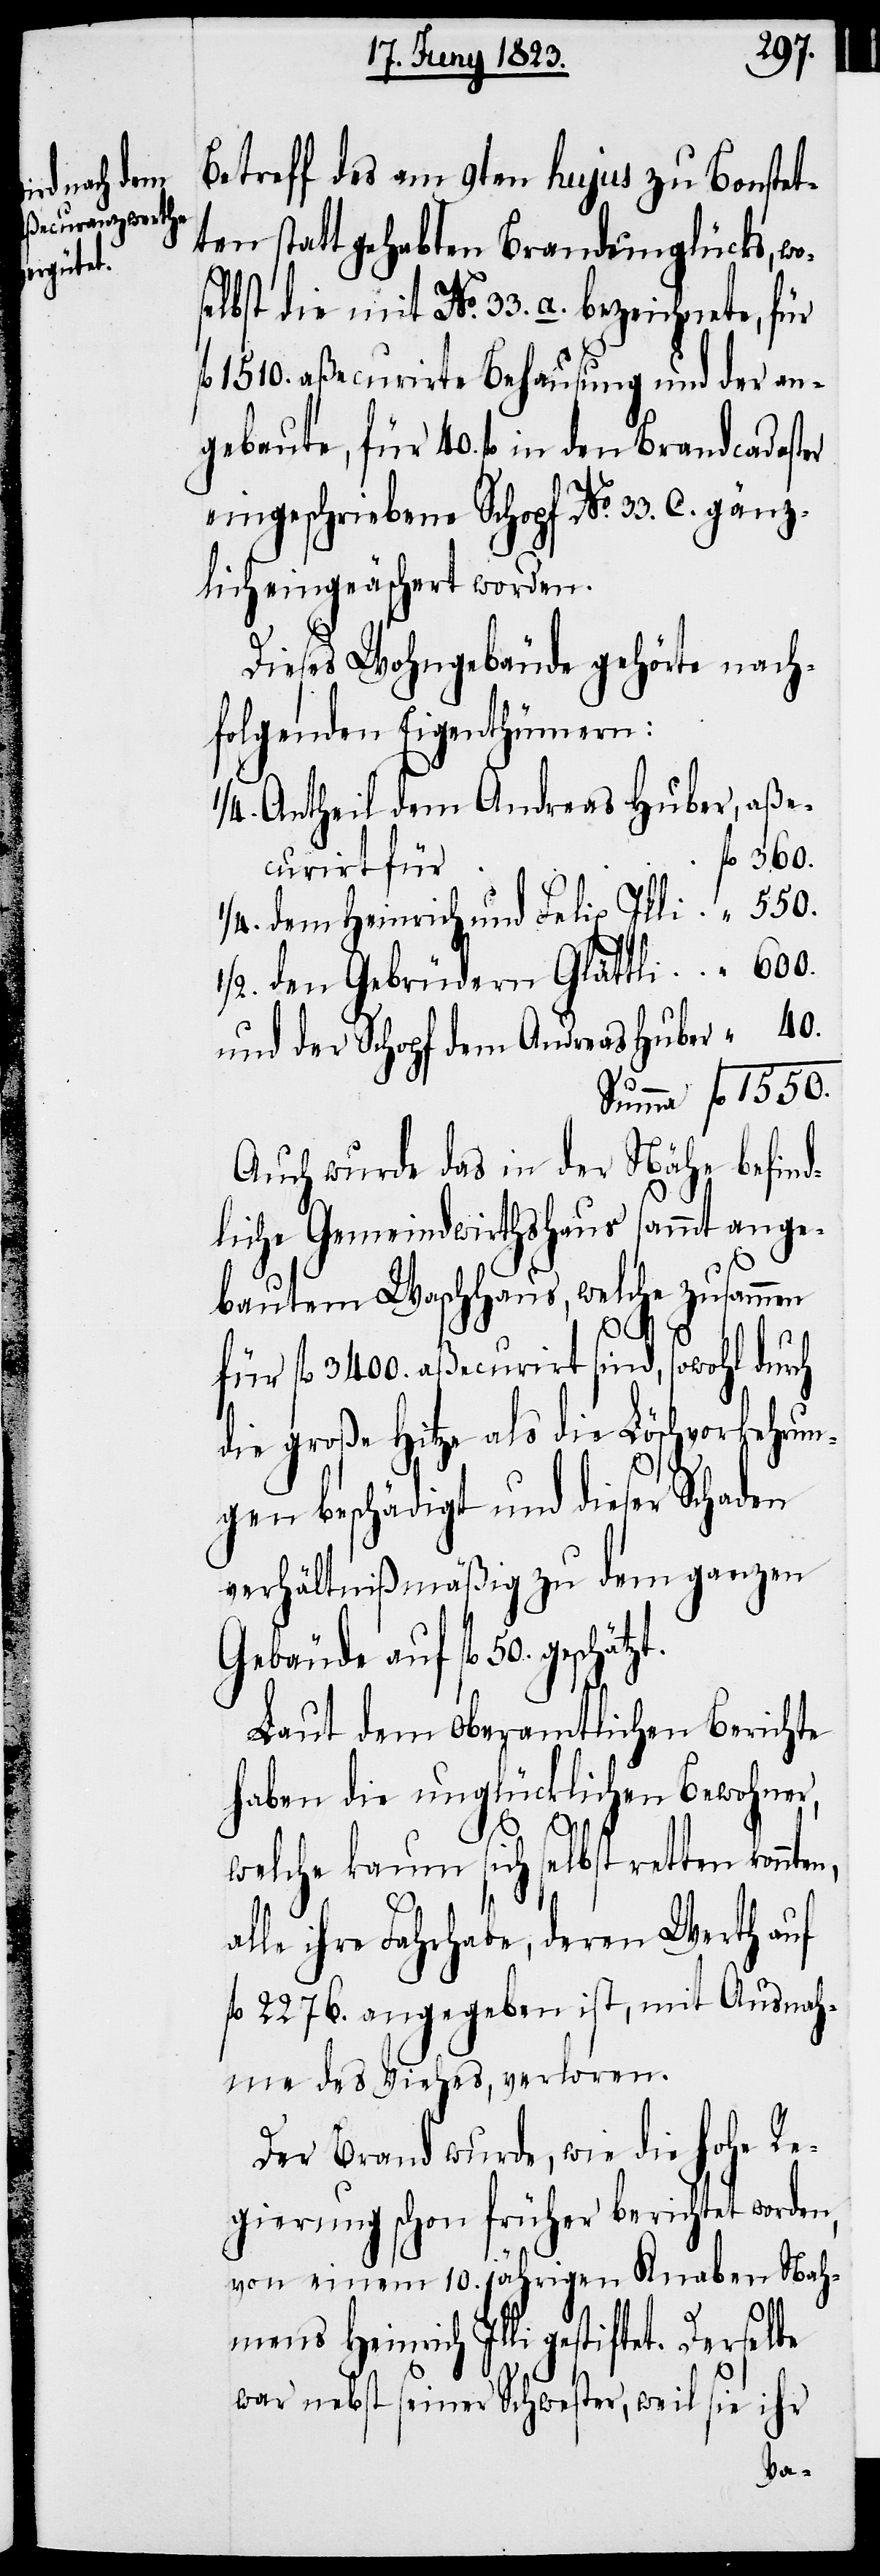
Betreff des am 9ten hujus zu Bonstet¬
ten statt gehabten Brandunglücks, wo¬
selbst die mit No. 33. a. bezeichnete, für
1510. aßecurirte Behausung und der an¬
gebaute, für 40. fl. in den Brandcadaster
eingeschriebene Schopf No. 33. C. gänz¬
lich eingeäschert worden.
Dieses Wohngebäude gehörte nach¬
folgenden Eigenthümern:
1/4. Antheil dem Andreas Huber, aße¬
curirt für
1/4. dem Heinrich und Felix Illi
1/2. den Gebrüdern Glättli
und der Schopf dem Andreas Huber
Auch wurde das in der Nähe befind¬
liche Gemeindwirthshaus sammt ange¬
bautem Waschhaus, welche zusammen
ätzt.
für fl. 3400. aßecurirt sind, sowohl durch
die große Hitze als die Löschvorkehrun¬
gen beschädigt und dieser Schaden
verhältnißmäßig zu dem ganzen
Gebäude auf fl. 50. gesch¬
Laut dem oberamtlichen Berichte
haben die unglücklichen Bewohner,
al¬
welche kaum sich selbst retten konnten,
le ihre Fahrhabe, deren Werth auf
fl. 2276. angegeben ist, mit Ausnah¬
me des Viehes, verloren.
Der Brand wurde, wie die hohe Re¬
gierung schon früher berichtet worden,
von einem 10. jährigen Knaben Nah¬
mens Heinrich Illi gestiftet. Derselbe
war nebst seiner Schwester, weil sie ihr